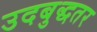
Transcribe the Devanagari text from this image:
उदबुद्धतर